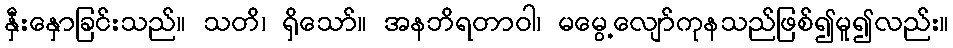
နှီးနှောခြင်းသည်။ သတိ၊ ရှိသော်။ အနဘိရတာဝါ၊ မမွေ့လျော်ကုနသည်ဖြစ်၍မူ၍လည်း။